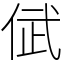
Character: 倵